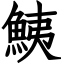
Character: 鮧